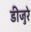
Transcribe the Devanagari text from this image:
डीजुरे